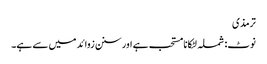
ترمذی
نوٹ: شملہ لٹکانا مستحب ہے اور سنن زوائد میں سے ہے۔